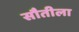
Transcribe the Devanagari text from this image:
सौतीला